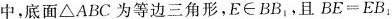
中，底面△ABC为等边三角形，E \in BB_{1}，且$$B E = E B _ { 1 }$$，